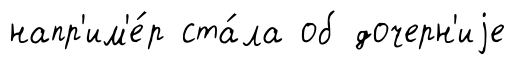
напр'им'е́р ста́ла об дочерн'иjе